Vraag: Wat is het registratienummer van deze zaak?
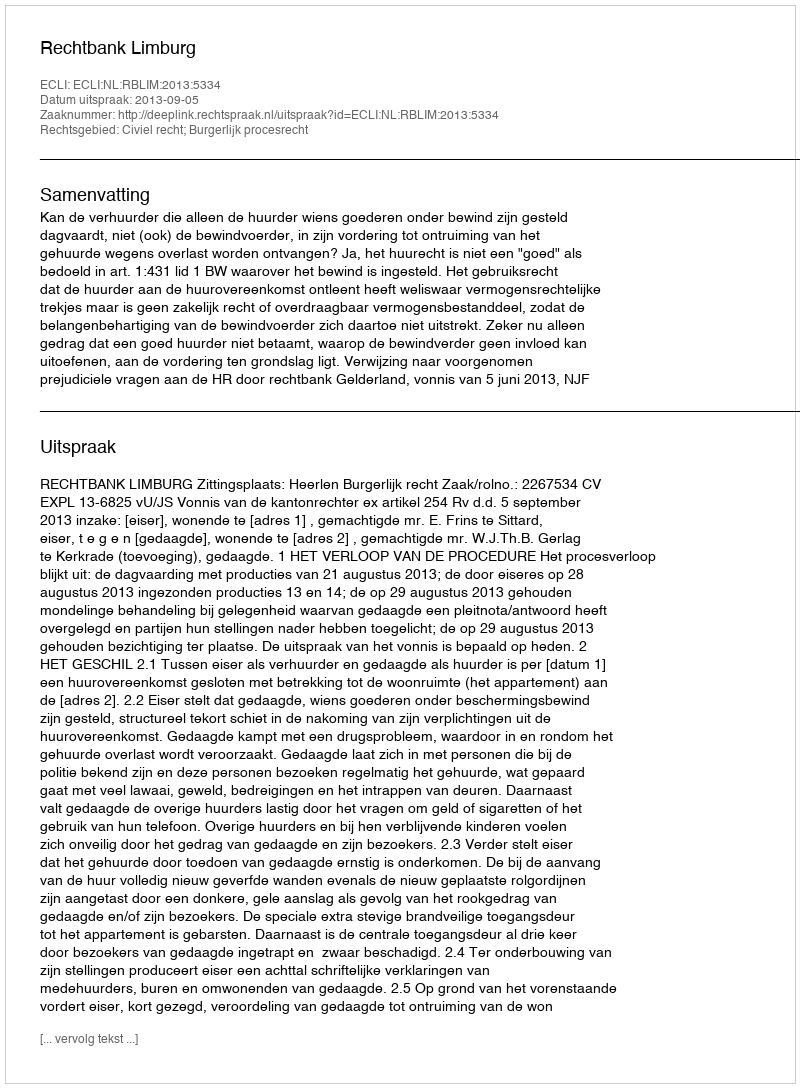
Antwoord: http://deeplink.rechtspraak.nl/uitspraak?id=ECLI:NL:RBLIM:2013:5334